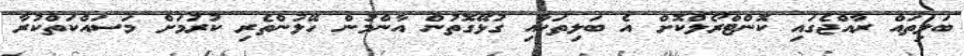
ބަލިތައް ރާއްޖެގައި ކޮންޓްރޯލްކޮށް އެ ބަލިތަކާއި ގުޅޭގޮތުން އާންމުން ހޭލުންތެރި ކުރުމަށް މަސައްކަތްކުރާ